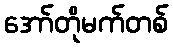
အော်တိုမက်တစ်